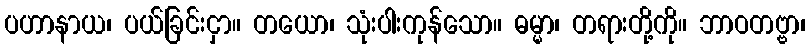
ပဟာနာယ၊ ပယ်ခြင်းငှာ။ တယော၊ သုံးပါးကုန်သော။ ဓမ္မာ၊ တရားတို့ကို။ ဘာဝတဗ္ဗာ၊